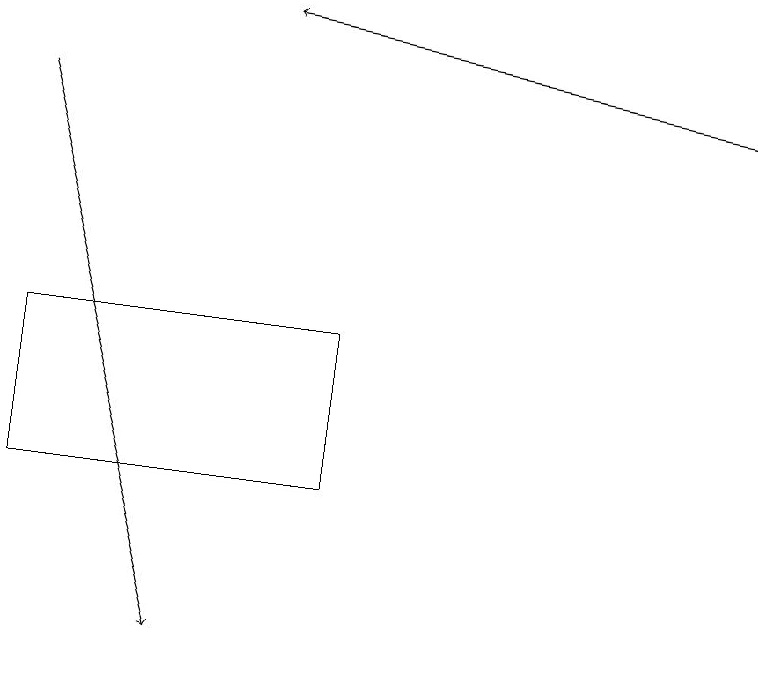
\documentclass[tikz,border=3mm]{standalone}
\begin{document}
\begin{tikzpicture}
\draw[->] (9,17) -- (3,18);
\draw (4,14) rectangle (0,12);
\draw[->] (0,17) -- (2,10);
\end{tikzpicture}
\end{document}